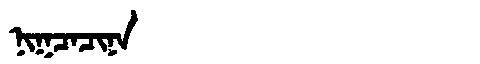
Manchu: ᠨᡳᡴᠴᠠᠴᡳᠨᠠ
Romanization: NIKCACINA